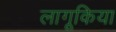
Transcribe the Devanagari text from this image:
लागूकिया